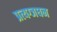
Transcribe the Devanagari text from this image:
प्रत्यग्जघन